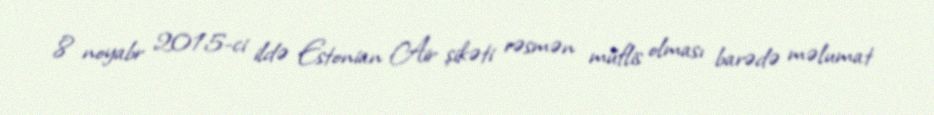
8 noyabr 2015-ci ildə Estonian Air şikəti rəsmən müflis olması barədə məlumat